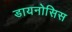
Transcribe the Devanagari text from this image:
डायनोसिस